Scottish Leaving Certificate Examination, 1953
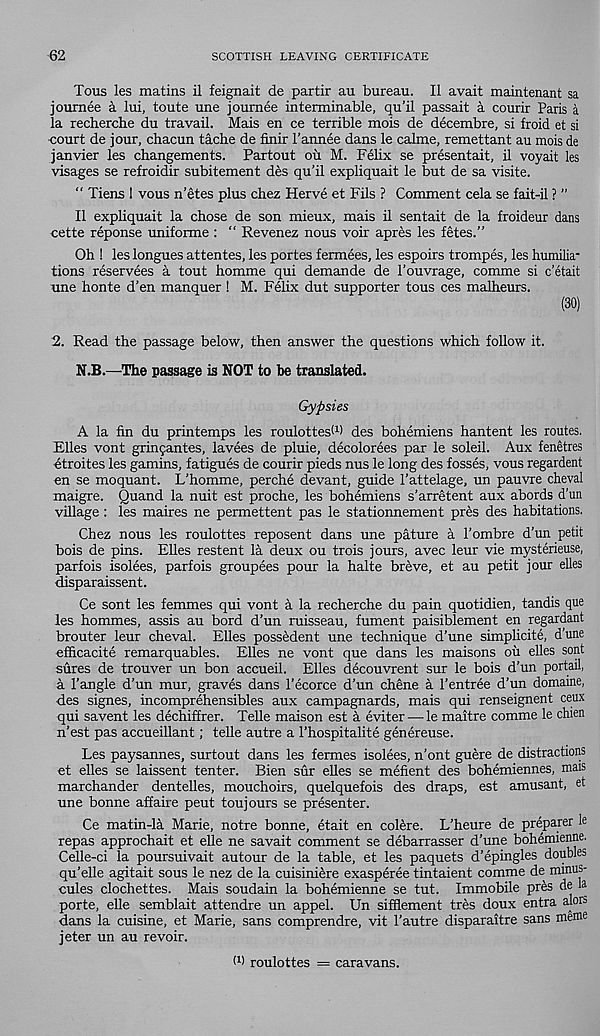
62
SCOTTISH LEAVING CERTIFICATE
Tous les matins il feignait de partir au bureau. II avail maintenant sa
joumee a lui, toute une journee interminable, qu’il passait a courir Paris a
la recherche du travail. Mais en ce terrible mois de decembre, si froid et si
court de jour, chacun tache de finir 1’annee dans le calme, remettant au mois de
Janvier les changements. Partout ou M. Felix se presentait, il voyait les
visages se refroidir subitement des qu’il expliquait le but de sa visite.
“ Tiens 1 vous n’etes plus chez Herve et Fils ? Comment cela se fait-il ? ”
Il expliquait la chose de son mieux, mais il sentait de la froideur dans
cette reponse uniforme : “ Revenez nous voir apres les fetes.”
Oh ! les longues attentes, les portes fermees, les espoirs trompes, les humilia -
tions reservees a tout homme qui demande de 1’ouvrage, comme si c’etait
une honte d’en manquer ! M. Felix dut supporter tous ces malheurs.
(30)
2. Read the passage below, then answer the questions which follow it.
N.B.—The passage is NOT to be translated.
Gypsies
A la fin du printemps les roulottesW des bohemiens hantent les routes.
Elies vont gringantes, lavees de pluie, decolorees par le soleil. Aux fenetres
etroites les gamins, fatigues de courir pieds nus le long des fosses, vous regardent
en se moquant. L’homme, perche devant, guide 1’attelage, un pauvre cheval
maigre. Quand la nuit est proche, les bohemiens s’arretent aux abords d’un
village : les makes ne permettent pas le stationnement pres des habitations.
Chez nous les roulottes reposent dans une pature a 1’ombre d’un petit
bois de pins. Elies restent la deux ou trois jours, avec leur vie mysterieuse,
parfois isolees, parfois groupees pour la halte breve, et au petit jour elles
disparaissent.
Ce sont les femmes qui vont a la recherche du pain quotidien, tandis que
les hommes, assis au bord d’un ruisseau, fument paisiblement en regardant
brouter leur cheval. Elles possedent une technique d’une simplicite, d’une
efficacite remarquables. Elles ne vont que dans les maisons ou elles sont
sures de trouver un bon accueil. Elles decouvrent sur le bois d’un portail,
a Tangle d’un mur, graves dans Tecorce d’un chene a Tentree d’un domame,
des signes, incomprehensibles aux campagnards, mais qui renseignent ceux
qui savent les dechiffrer. Telle maison est a eviter —■ le maitre comme le chien
n’est pas accueillant; telle autre a Thospitalite genereuse.
Les paysannes, surtout dans les fermes isolees, n’ont guere de distractions
et elles se laissent tenter. Bien sur elles se mefient des bohemiennes, mais
marchander dentelles, mouchoirs, quelquefois des draps, est amusant, et
une bonne affaire peut toujours se presenter.
Ce matin-la Marie, notre bonne, etait en colere. L’heure de preparer le
repas approchait et elle ne savait comment se debarrasser d’une bohemienne.
Celle-ci la poursuivait autour de la table, et les paquets d’epingles doubles
qu’elle agitait sous le nez de la cuisiniere exasperee tintaient comme de minus-
cules clochettes. Mais soudain la bohemienne se tut. Immobile pres de la
porte, elle semblait attendee un appel. Un sifflement tres doux entra alors
dans la cuisine, et Marie, sans comprendre, vit Tautre disparaitre sans meme
jeter un au re voir.
W roulottes = caravans.